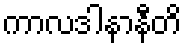
ကာလဒါနာနီတိ